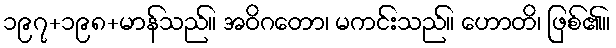
၁၉၇+၁၉၈+မာန်သည်။ အဝိဂတော၊ မကင်းသည်။ ဟောတိ၊ ဖြစ်၏။